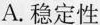
A. 稳定性